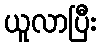
ယူလာပြီး